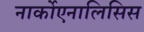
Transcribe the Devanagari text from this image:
नार्कोएनालिसिस